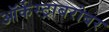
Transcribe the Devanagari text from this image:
ऑर्केस्ट्राबरोबर